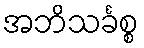
အဘိသင်္ခစ္စ